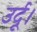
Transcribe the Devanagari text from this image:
उर्दू।